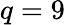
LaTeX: q=9